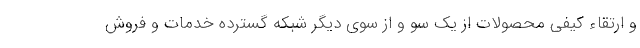
و ارتقاء کیفی محصولات از یک سو و از سوی دیگر شبکه گسترده خدمات و فروش